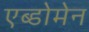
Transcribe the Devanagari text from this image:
एब्डोमेन